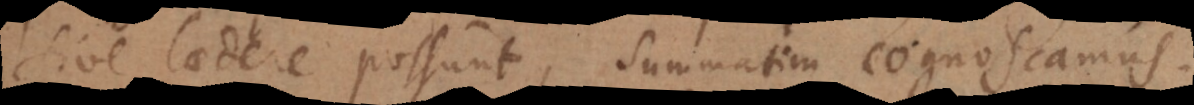
sive laedere possunt, summatim cognoscamus;